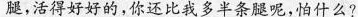
腿，活得好好的，你还比我多半条腿呢，怕什么？